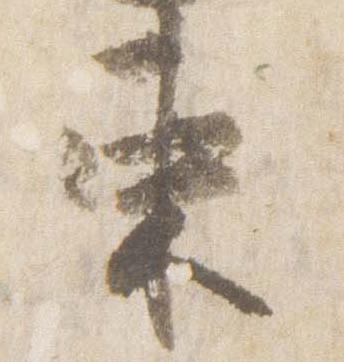
束